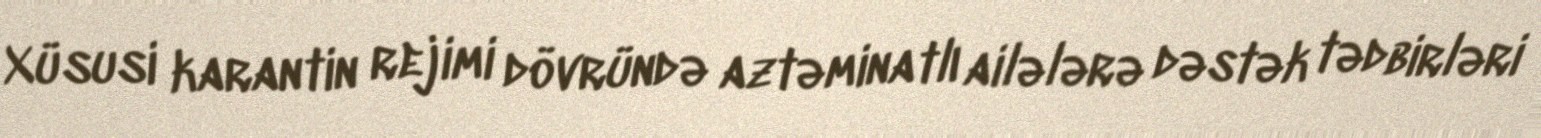
Xüsusi karantin rejimi dövründə aztəminatlı ailələrə dəstək tədbirləri